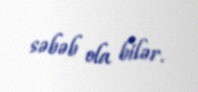
səbəb ola bilər.